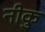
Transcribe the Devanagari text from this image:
नीकु